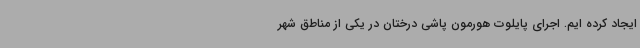
ایجاد کرده ایم. اجرای پایلوت هورمون پاشی درختان در یکی از مناطق شهر